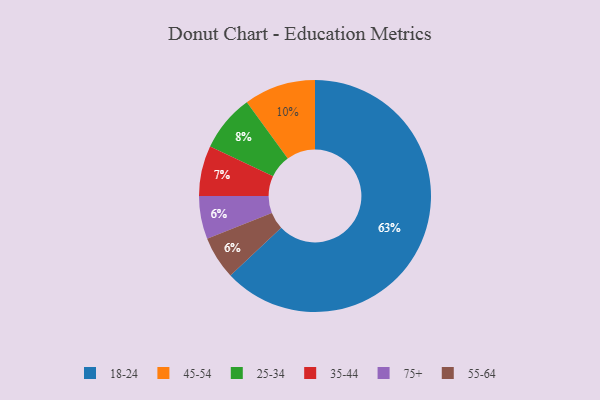
{"axis": {"x": "Category", "y": "Percentage"}, "legend": ["18-24", "25-34", "35-44", "45-54", "55-64", "75+"], "data": [{"x": "75+", "y": 6, "type": "75+"}, {"x": "35-44", "y": 7, "type": "35-44"}, {"x": "55-64", "y": 6, "type": "55-64"}, {"x": "18-24", "y": 63, "type": "18-24"}, {"x": "25-34", "y": 8, "type": "25-34"}, {"x": "45-54", "y": 10, "type": "45-54"}]}